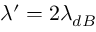
\lambda ^ { \prime } = 2 \lambda _ { d B }